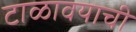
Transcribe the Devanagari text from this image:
टाळावयाची